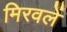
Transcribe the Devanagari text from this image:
मिरवलें